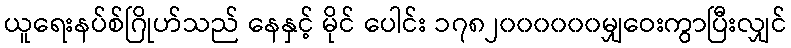
ယူရေးနပ်စ်ဂြိုဟ်သည် နေနှင့် မိုင် ပေါင်း ၁၇၈၂၀၀၀၀၀၀မျှဝေးကွာပြီးလျှင်